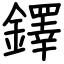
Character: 鐸